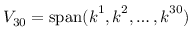
V _ { 3 0 } = \operatorname { s p a n } ( \boldsymbol { k } ^ { 1 } , \boldsymbol { k } ^ { 2 } , \dots , \boldsymbol { k } ^ { 3 0 } )